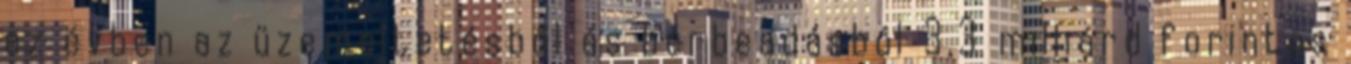
az évben az üzemeltetésből és bérbeadásból 3,3 milliárd forintos